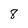
Character: 8